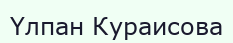
Үлпан Кураисова